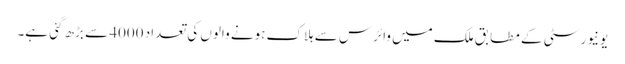
یونیورسٹی کے مطابق ملک میں وائرس سے ہلاک ہونے والوں کی تعداد 4000 سے بڑھ گئی ہے۔